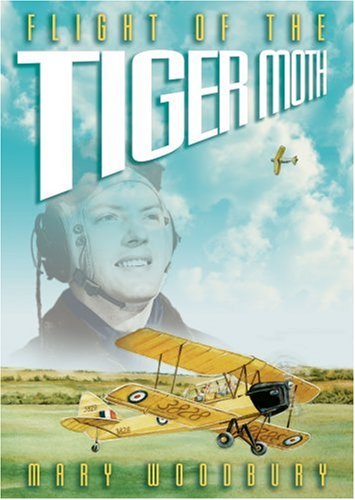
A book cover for Flight of the Tiger Moth; Mary Woodbury; Teen & Young Adult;